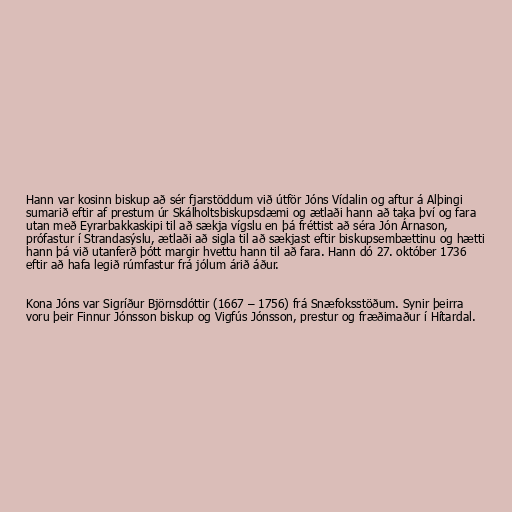
Hann var kosinn biskup að sér fjarstöddum við útför Jóns Vídalin og aftur á Alþingi
sumarið eftir af prestum úr Skálholtsbiskupsdæmi og ætlaði hann að taka því og fara
utan með Eyrarbakkaskipi til að sækja vígslu en þá fréttist að séra Jón Árnason,
prófastur í Strandasýslu, ætlaði að sigla til að sækjast eftir biskupsembættinu og hætti
hann þá við utanferð þótt margir hvettu hann til að fara. Hann dó 27. október 1736
eftir að hafa legið rúmfastur frá jólum árið áður.

Kona Jóns var Sigríður Björnsdóttir (1667 – 1756) frá Snæfoksstöðum. Synir þeirra
voru þeir Finnur Jónsson biskup og Vigfús Jónsson, prestur og fræðimaður í Hítardal.